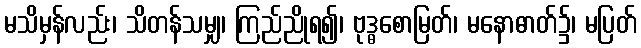
မသိမှန်လည်း၊ သိတန်သမျှ၊ ကြည်ညိုရ၍၊ ဗုဒ္ဓစောမြတ်၊ မနောဓာတ်၌၊ မပြတ်